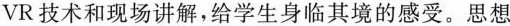
VR技术和现场讲解，给学生身临其境的感受。思想